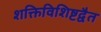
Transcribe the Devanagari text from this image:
शक्तिविशिष्टद्वैत